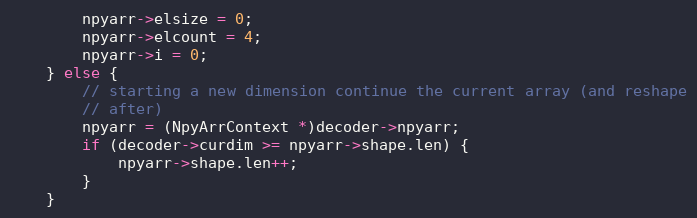
Language: C
        npyarr->elsize = 0;
        npyarr->elcount = 4;
        npyarr->i = 0;
    } else {
        // starting a new dimension continue the current array (and reshape
        // after)
        npyarr = (NpyArrContext *)decoder->npyarr;
        if (decoder->curdim >= npyarr->shape.len) {
            npyarr->shape.len++;
        }
    }